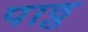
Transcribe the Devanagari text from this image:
पाठ्ठ